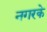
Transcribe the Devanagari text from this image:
नगरके